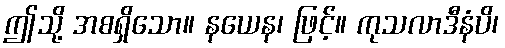
ဤသို့ အစရှိသော။ နယေန၊ ဖြင့်။ ကုသလာဒီနံပိ၊